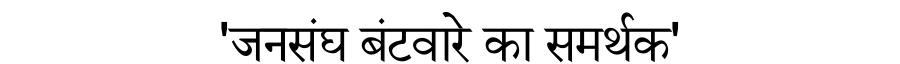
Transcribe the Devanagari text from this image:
'जनसंघ बंटवारे का समर्थक'